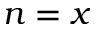
n = x